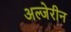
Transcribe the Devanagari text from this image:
अल्जेरीन